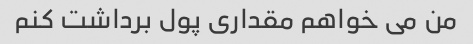
من می خواهم مقداری پول برداشت کنم